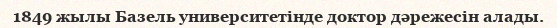
1849 жылы Базель университетiнде доктор дәрежесiн алады.